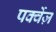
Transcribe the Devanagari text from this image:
पर्क्वेज़